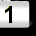
Digit: 1